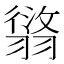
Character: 𦑸